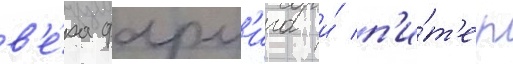
в'е́ра фарм'ига и́ п'и́т'ер